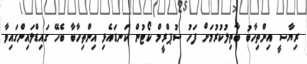
ރިޔާސީ އިންތިހާބު ބާތިލުކުރުމަށް ފަހު ސުޕްރީމް ކޯޓުން ކަނޑައެޅި އިންތިހާބާ ބެހޭ ގައިޑްލައިންގައިވާ